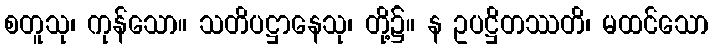
စတူသု၊ ကုန်သော။ သတိပဋ္ဌာနေသု၊ တို့၌။ န ဥပဋ္ဌိတဿတိ၊ မထင်သော